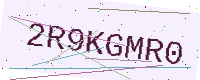
Text: 2R9KGMR0